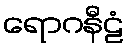
ရောဂနီဠံ